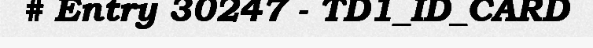
# Entry 30247 - TD1_ID_CARD